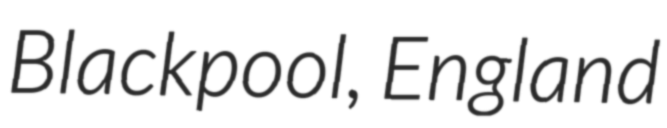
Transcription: Blackpool, England